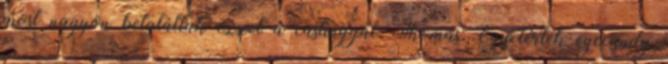
most nagyon betaláltak ezzel a castinggal: Thomas: Egyetértek eyecandy